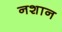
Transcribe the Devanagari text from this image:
नशान